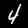
Digit: 4